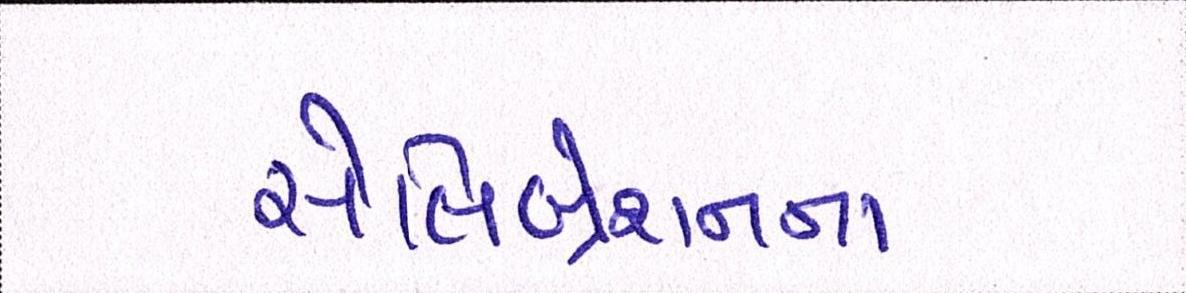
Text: સેલિબ્રેશનના